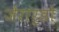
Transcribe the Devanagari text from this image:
जेरार्डो